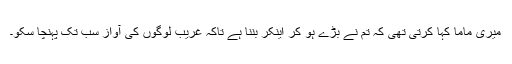
میری ماما کہا کرتی تھی کہ تم نے بڑے ہو کر اینکر بننا ہے تاکہ غریب لوگوں کی آواز سب تک پہنچا سکو۔